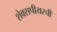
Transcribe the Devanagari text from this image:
शेक्सपीयरची